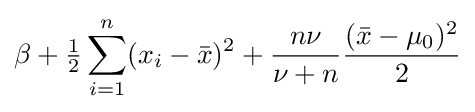
\beta +{\tfrac {1}{2}}\sum _{i=1}^{n}(x_{i}-{\bar {x}})^{2}+{\frac {n\nu }{\nu +n}}{\frac {({\bar {x}}-\mu _{0})^{2}}{2}}